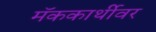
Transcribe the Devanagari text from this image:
मॅककार्थीवर